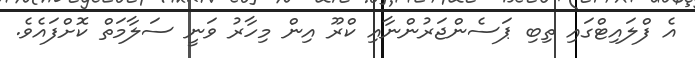
އެ ފްލައިޓްގައި ތިބި ޕަސެންޖަރުންނާއި ކްރޫ އިން މިހާރު ވަނީ ސަލާމަތް ކޮށްފައެވެ.